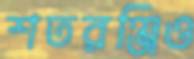
শতরঞ্জিও